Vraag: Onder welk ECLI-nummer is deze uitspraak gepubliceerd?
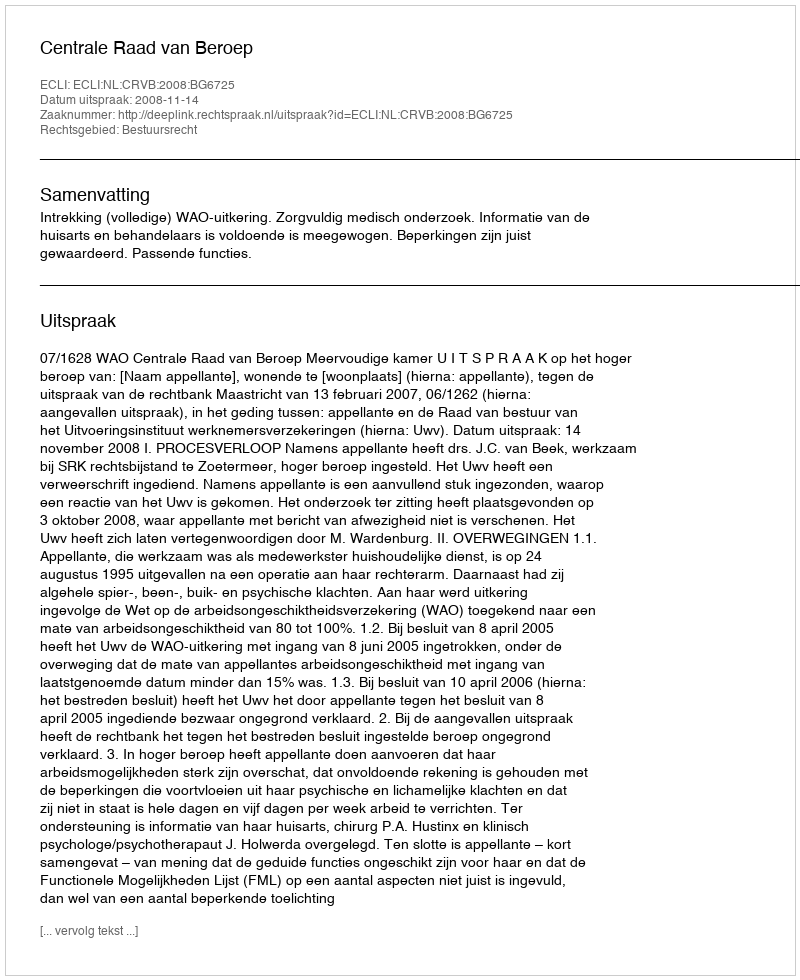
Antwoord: ECLI:NL:CRVB:2008:BG6725